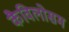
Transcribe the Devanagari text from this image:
कैविलोसम